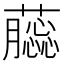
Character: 𧂿